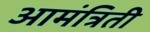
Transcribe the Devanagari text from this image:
आमंत्रिती